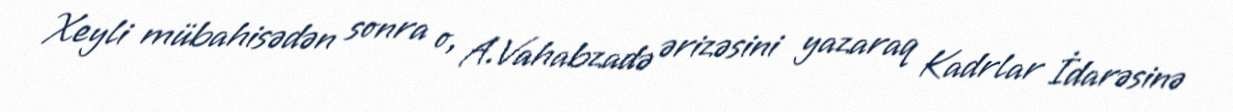
Xeyli mübahisədən sonra o, A.Vahabzadə ərizəsini yazaraq Kadrlar İdarəsinə